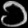
Digit: ၁